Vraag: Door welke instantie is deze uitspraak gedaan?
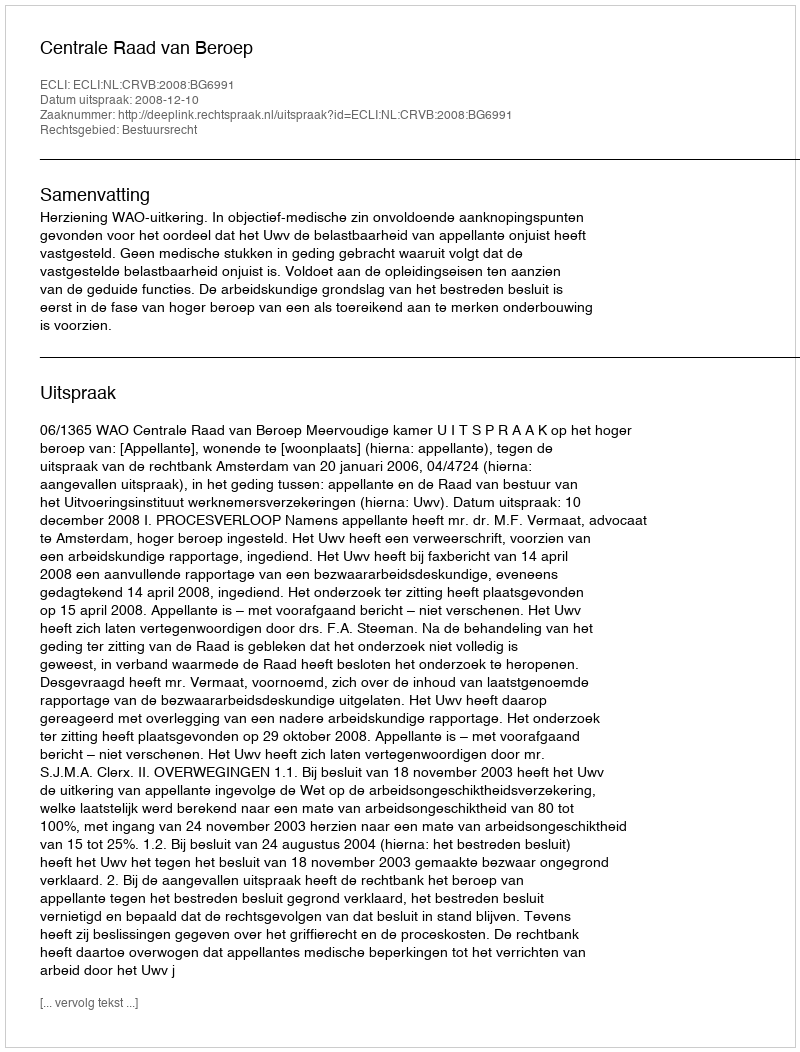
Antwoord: Centrale Raad van Beroep